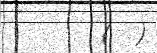
(  )